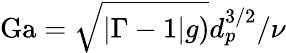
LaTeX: \mathrm{Ga}=\sqrt{|\Gamma-1|g)}d_{p}^{3/2}/\nu